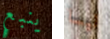
ينبع ليسا